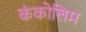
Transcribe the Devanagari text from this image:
कंकोलिम